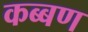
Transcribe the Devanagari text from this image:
कब्बण